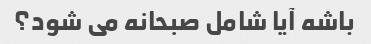
باشه آیا شامل صبحانه می شود؟